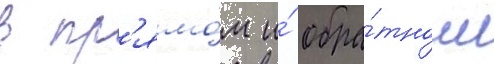
в пр'ямо́м и́ обра́тном